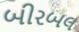
બીરબલ